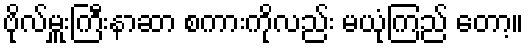
ဗိုလ်မှူးကြီးနာဆာ စကားကိုလည်း မယုံကြည် တော့။